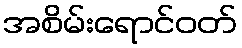
အစိမ်းရောင်ဝတ်